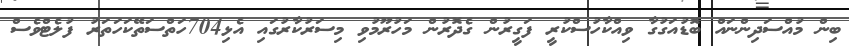
ބިން މުއްސަދިންނައް ބޮޑުއަގުގާ ވިއްކާހުސްކުރީ ފަގީރުން ގެދޮރުން މަހުރޫމުވި މިސަރުކާރުގައި އެޅި704ހަތްސަތޭކަހަތަރު ފުލެޓްވެސް